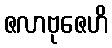
ဇလာဗုဇေဟိ